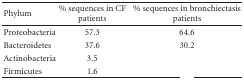
<table><thead><tr><td><b>Phylum</b></td><td><b>% sequences in CF patients</b></td><td><b>% sequences in bronchiectasis patients</b></td></tr></thead><tbody><tr><td>Proteobacteria</td><td>57.3</td><td>64.6</td></tr><tr><td>Bacteroidetes</td><td>37.6</td><td>30.2</td></tr><tr><td>Actinobacteria</td><td>3.5</td><td>[EMPTY_CELL]</td></tr><tr><td>Firmicutes</td><td>1.6</td><td>[EMPTY_CELL]</td></tr></tbody></table>